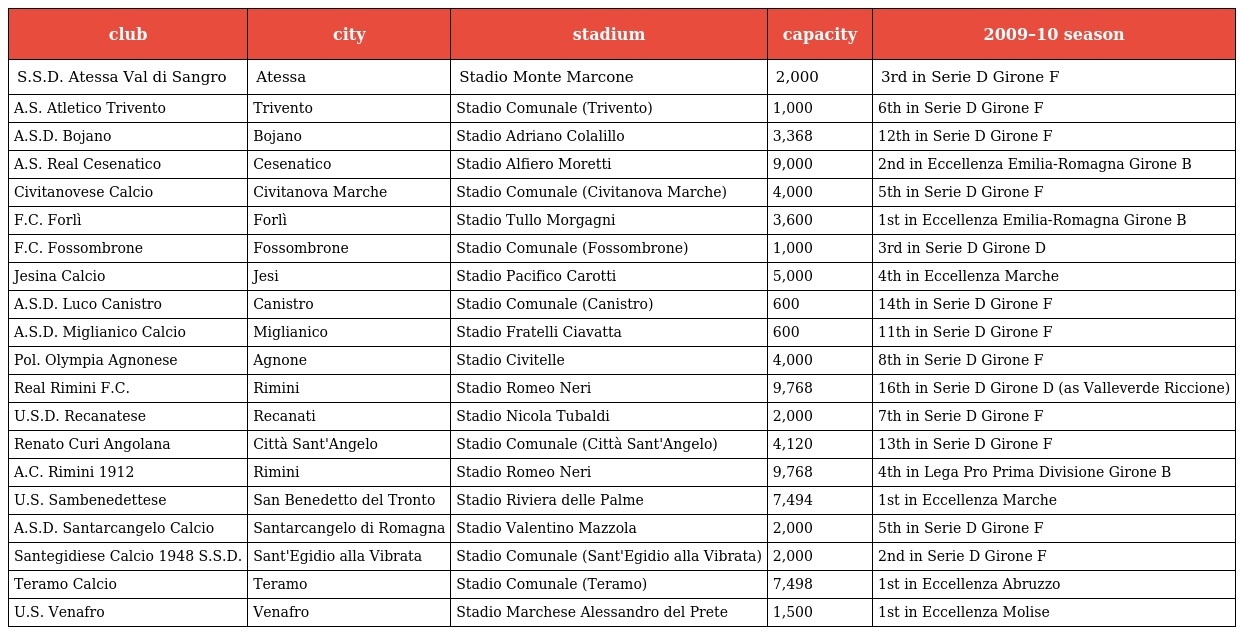
| club | city | stadium | capacity | 2009–10 season |
 | --- | --- | --- | --- | --- |
 | S.S.D. Atessa Val di Sangro | Atessa | Stadio Monte Marcone | 2,000 | 3rd in Serie D Girone F |
 | A.S. Atletico Trivento | Trivento | Stadio Comunale (Trivento) | 1,000 | 6th in Serie D Girone F |
 | A.S.D. Bojano | Bojano | Stadio Adriano Colalillo | 3,368 | 12th in Serie D Girone F |
 | A.S. Real Cesenatico | Cesenatico | Stadio Alfiero Moretti | 9,000 | 2nd in Eccellenza Emilia-Romagna Girone B |
 | Civitanovese Calcio | Civitanova Marche | Stadio Comunale (Civitanova Marche) | 4,000 | 5th in Serie D Girone F |
 | F.C. Forlì | Forlì | Stadio Tullo Morgagni | 3,600 | 1st in Eccellenza Emilia-Romagna Girone B |
 | F.C. Fossombrone | Fossombrone | Stadio Comunale (Fossombrone) | 1,000 | 3rd in Serie D Girone D |
 | Jesina Calcio | Jesi | Stadio Pacifico Carotti | 5,000 | 4th in Eccellenza Marche |
 | A.S.D. Luco Canistro | Canistro | Stadio Comunale (Canistro) | 600 | 14th in Serie D Girone F |
 | A.S.D. Miglianico Calcio | Miglianico | Stadio Fratelli Ciavatta | 600 | 11th in Serie D Girone F |
 | Pol. Olympia Agnonese | Agnone | Stadio Civitelle | 4,000 | 8th in Serie D Girone F |
 | Real Rimini F.C. | Rimini | Stadio Romeo Neri | 9,768 | 16th in Serie D Girone D (as Valleverde Riccione) |
 | U.S.D. Recanatese | Recanati | Stadio Nicola Tubaldi | 2,000 | 7th in Serie D Girone F |
 | Renato Curi Angolana | Città Sant'Angelo | Stadio Comunale (Città Sant'Angelo) | 4,120 | 13th in Serie D Girone F |
 | A.C. Rimini 1912 | Rimini | Stadio Romeo Neri | 9,768 | 4th in Lega Pro Prima Divisione Girone B |
 | U.S. Sambenedettese | San Benedetto del Tronto | Stadio Riviera delle Palme | 7,494 | 1st in Eccellenza Marche |
 | A.S.D. Santarcangelo Calcio | Santarcangelo di Romagna | Stadio Valentino Mazzola | 2,000 | 5th in Serie D Girone F |
 | Santegidiese Calcio 1948 S.S.D. | Sant'Egidio alla Vibrata | Stadio Comunale (Sant'Egidio alla Vibrata) | 2,000 | 2nd in Serie D Girone F |
 | Teramo Calcio | Teramo | Stadio Comunale (Teramo) | 7,498 | 1st in Eccellenza Abruzzo |
 | U.S. Venafro | Venafro | Stadio Marchese Alessandro del Prete | 1,500 | 1st in Eccellenza Molise |